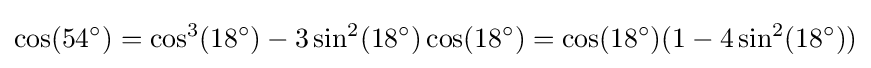
\cos(54^{\circ })=\cos ^{3}(18^{\circ })-3\sin ^{2}(18^{\circ })\cos(18^{\circ })=\cos(18^{\circ })(1-4\sin ^{2}(18^{\circ }))